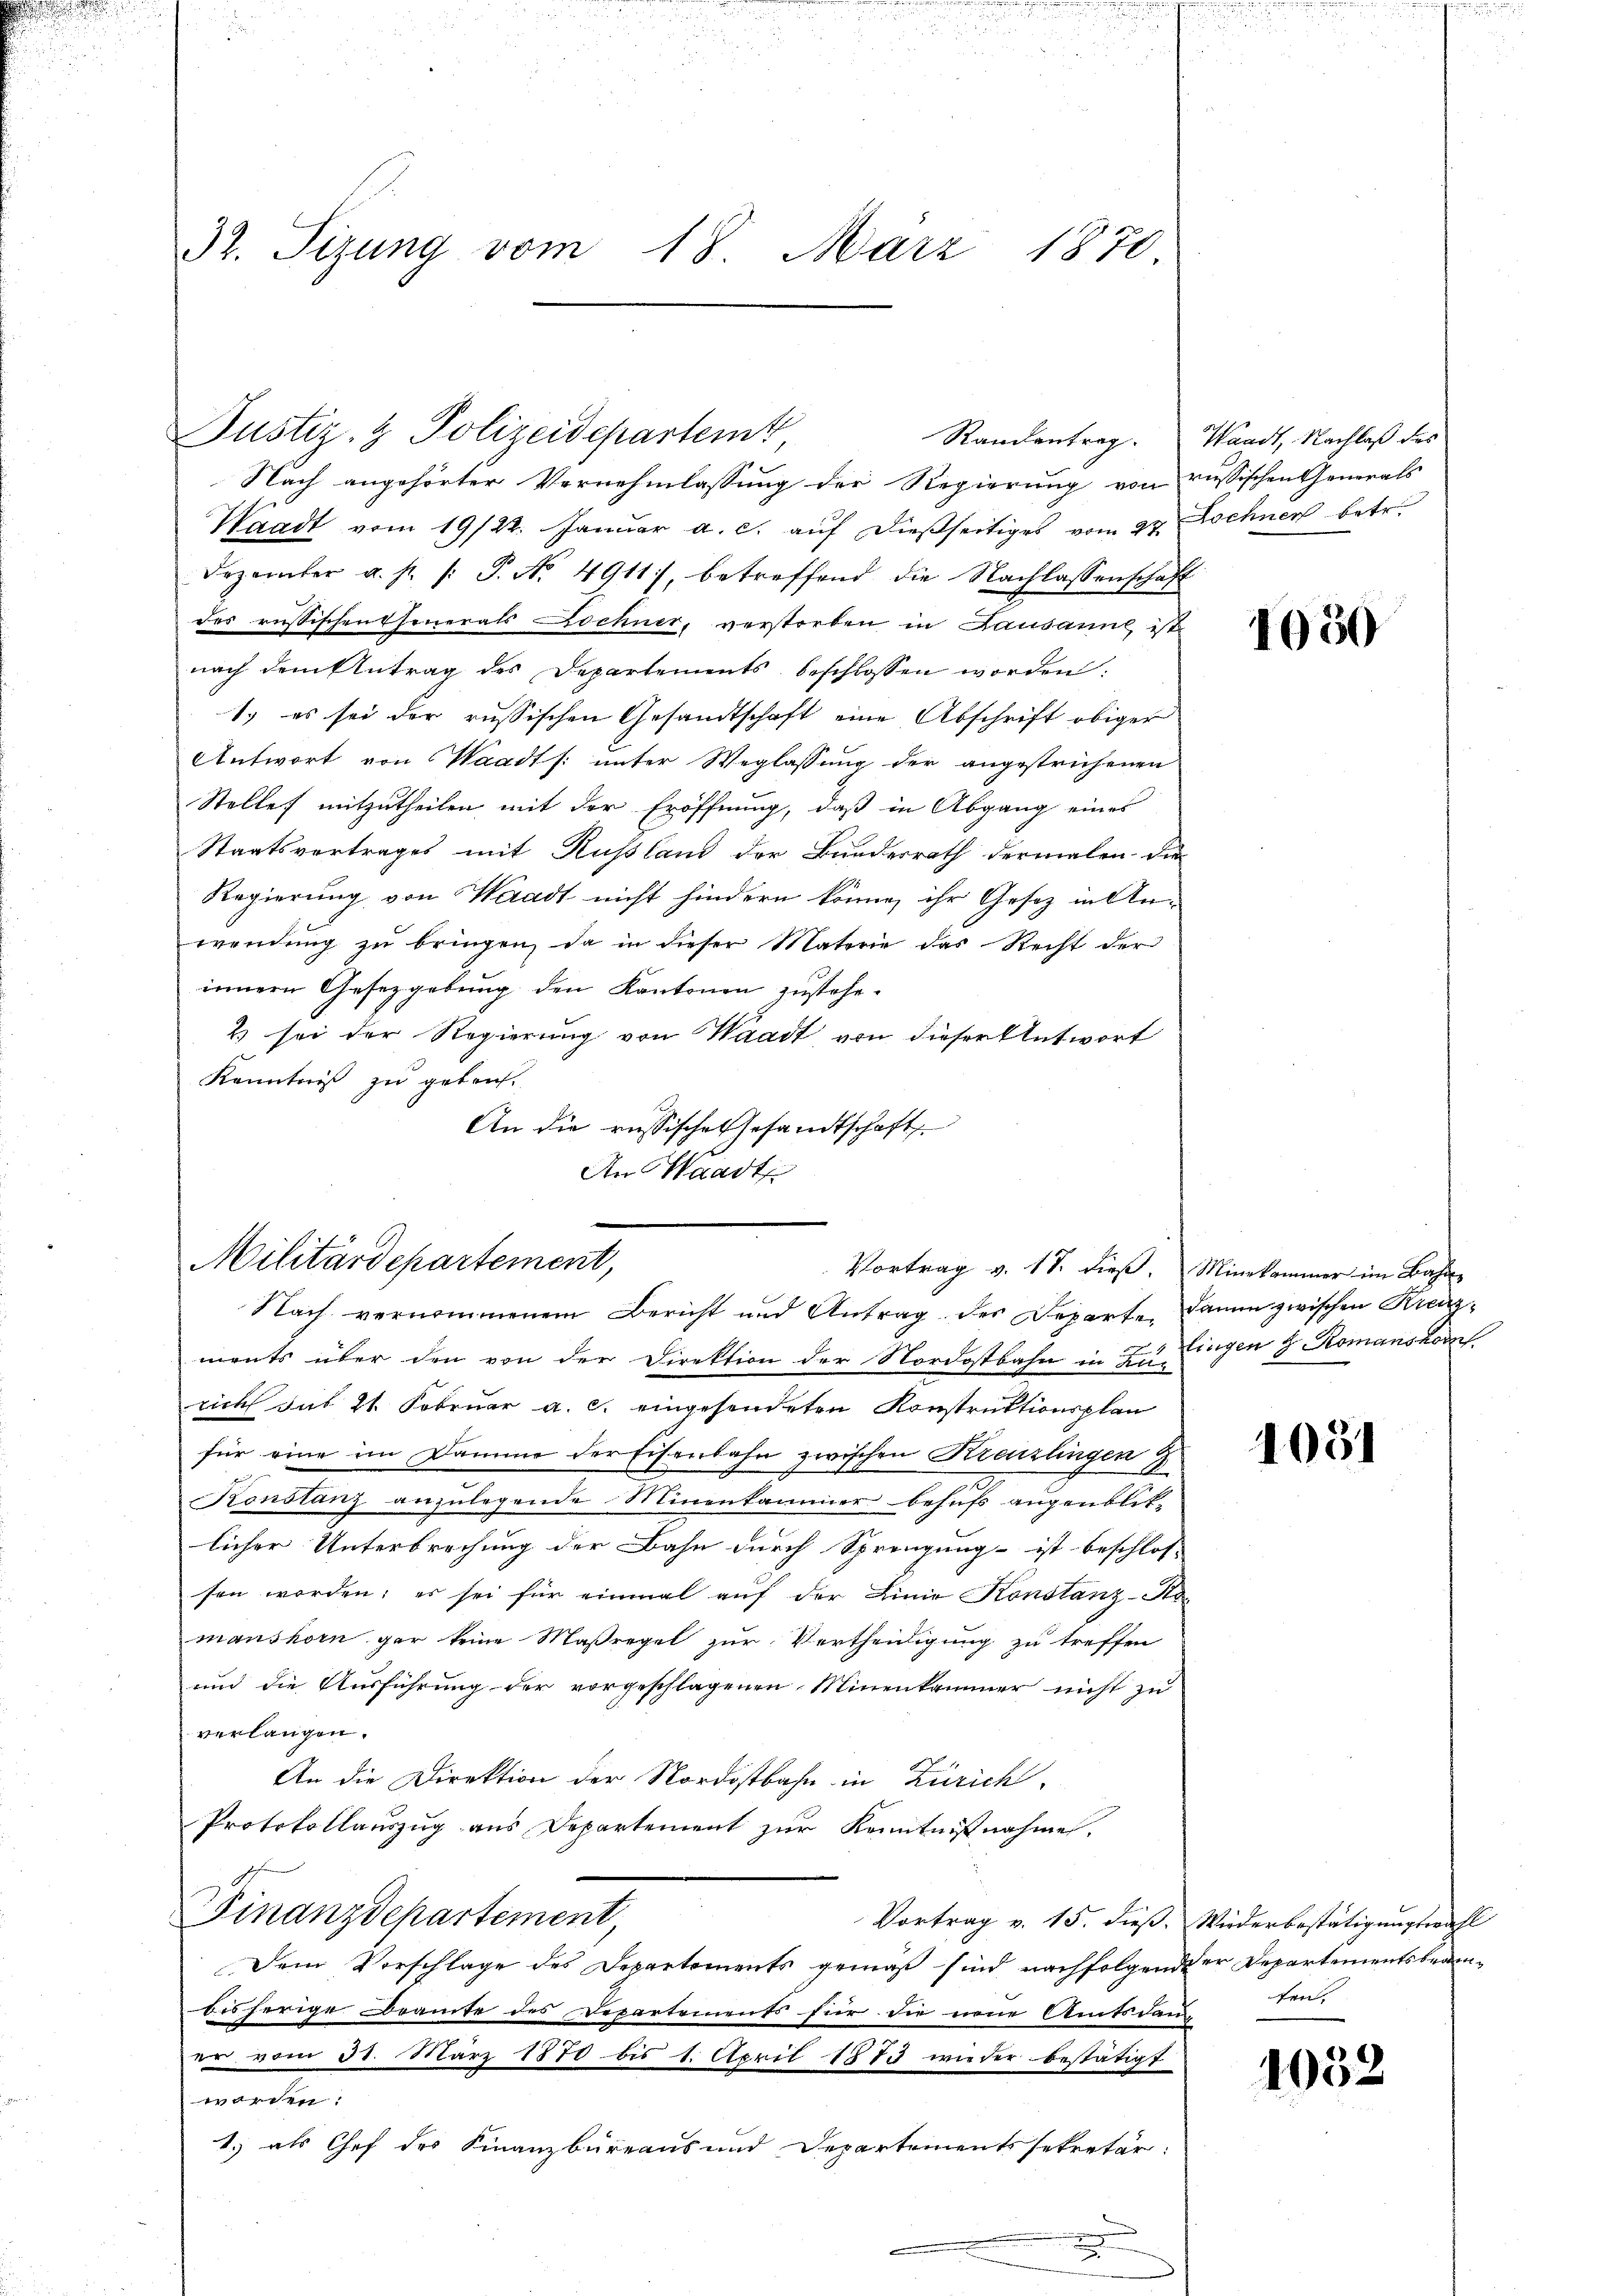
32. Sizung vom 18. März 1870.

Nach angehörter Vernehmlassung der Regierung von russischen Generals
Waadt vom 19/22. Januar a. c. auf dießseitiges vom 27. Dochnen betr.
Dezember u. s. /: P. Nr. 4911), betreffend die Nachlassenschaft
des russischen Ehenerals Dochner, verstorben in Lausanne ist
nach dem Antrag des Departements beschlossen worden:
1.) es sei der russischen Gesandtschaft eine Abschrift obiger
Antwort von Waadt /: unter Weglassung der angestrichenen
Stelles mitzutheilen mit der Eröffnung, daß in Abgang eines
Staatsvertrages mit Rußland der Bunderrath dermalen die
Regierung von Waadt nicht hindern könne, ihr Gesetz in An-
wendung zu bringen, da in dieser Materie das Recht der
innern Gesetzgebung den Kantonen zustehe¬
2) sei der Regierung von Waadt, von dieser Antwort
Kenntniß zu getref¬
An die russische Gesandtschaft
An Waadt

Militärdepartement,
Vortrag v. 17. dieß.
Nach vernommenem Bericht und Antrag der Departe. Dann zwischen Kreuz-

Justiz- & Polizeidepartemt

Randantrag. Waadt, Nachlaß des

ments über den von der Direktion der Nordostbahn in zu Lingen 3 Romanskom
rich sub 21. Februar a. c. eingesendeten Konstruktionsplan
für eine im Damme der Eisenbahn zwischen Kreuzlingen 4
2
Konstanz anzulegende Minenkammer behufs augenblit-
licher Unterbrechung der Bahn durch Sprengung ist beschlos-
sen worden; es sei für einmal auf der Linie Konstanz-Komanshorn gar keine Maßregel zur Vertheidigung zu treffen
und die Ausführung der vorgeschlagenen Minenkammer nicht zu
verlangen.
An die Direktion der Nordostbahn in Zürich.
Protokollauszug aus Departement zur Kenntnißnahme.
Finanzdepartement,
Vortrag v. 15. dieß. Wiederbestätigungswahl
Dem Vorschlage des Departements gemäß sind nachfolgender Departementsbeambisherige Bramte des Departements für die neue Amtsdauten-
er vom 31. März 1870 bis 1. April 1873 wieder bestätigt
worden:
1.) als Chef der Finanzbüreaus und Departementssekretär:

1050

Minekammer im Bahn

1031

1052